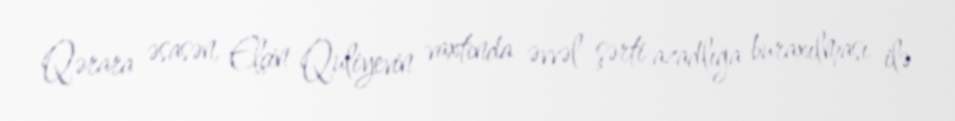
Qərara əsasən, Elçin Quliyevin vaxtında əvvəl şərti azadlığa buraxılması ilə